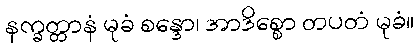
နက္ခတ္တာနံ မုခံ စန္ဒော၊ အာဒိစ္စော တပတံ မုခံ။